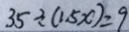
3 5 \div ( 1 . 5 x ) = 9